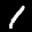
Label: 1